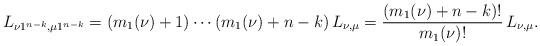
LaTeX: \begin{align*} L_{\nu 1^{n-k}, \mu 1^{n-k}} = (m_1(\nu)+1) \cdots (m_1(\nu)+n-k)\, L_{\nu,\mu} = \frac{(m_1(\nu)+n-k)!}{m_1(\nu)!}\, L_{\nu,\mu}. \end{align*}